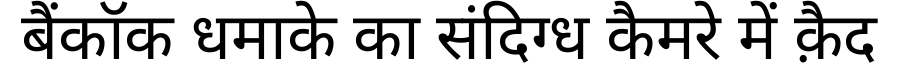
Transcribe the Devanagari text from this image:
बैंकॉक धमाके का संदिग्ध कैमरे में क़ैद